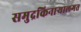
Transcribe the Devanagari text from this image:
समुद्रकिनाऱ्यालगत